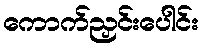
ကောက်ညှင်းပေါင်း